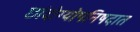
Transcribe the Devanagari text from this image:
छांदोग्योपनिषदात